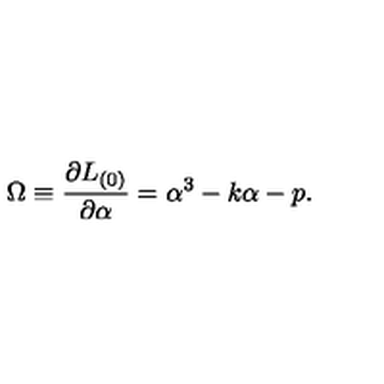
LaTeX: \Omega \equiv \frac { \partial L _ { ( 0 ) } } { \partial \alpha } = \alpha ^ { 3 } - k \alpha - p .